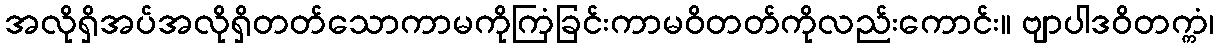
အလိုရှိအပ်အလိုရှိတတ်သောကာမကိုကြံခြင်းကာမဝိတတ်ကိုလည်းကောင်း။ ဗျာပါဒဝိတက္ကံ၊